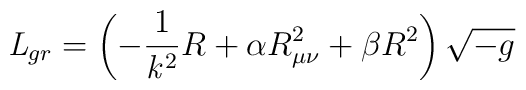
{\it L}_{gr}  = \left(-\frac{1}{{\it k}^2}R + \alpha R^2_{\mu \nu } +\beta  R^2\right) \sqrt{-g}